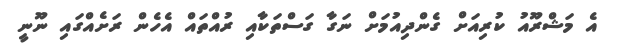
އެ މަޝްރޫއު ކުރިއަށް ގެންދިއުމަށް ނަގާ ގަސްތަކާއި ރުއްތައް އެހެން ރަށެއްގައި ނޫނީ